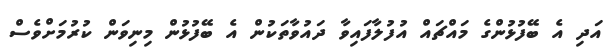
އަދި އެ ބޭފުޅުންގެ މައްޗައް އުފުލާފައިވާ ދައުވާތަކުން އެ ބޭފުޅުން މިނިވަން ކުރުމަށްވެސް